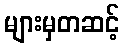
များမှတဆင့်